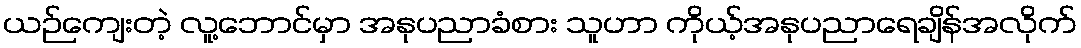
ယဉ်ကျေးတဲ့ လူ့ဘောင်မှာ အနုပညာခံစား သူဟာ ကိုယ့်အနုပညာရေချိန်အလိုက်